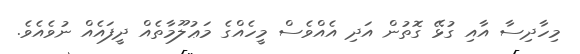
މިހާދިސާ އާއި ގުޅޭ ގޮތުން އަދި އެއްވެސް މީހެއްގެ މަޢުލޫމާތެއް ދީފައެއް ނުވެއެވެ.